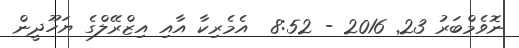
ނޮވެމްބަރު 23